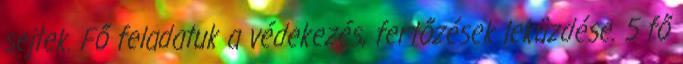
sejtek. Fő feladatuk a védekezés, fertőzések leküzdése. 5 fő